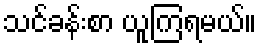
သင်ခန်းစာ ယူကြရမယ်။